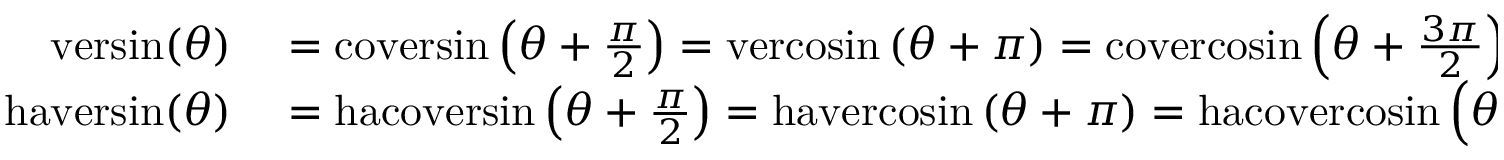
\begin{array} { r l } { \mathrm { v e r s i n } ( \theta ) } & { { } = \mathrm { c o v e r s i n } \left( \theta + { \frac { \pi } { 2 } } \right) = \mathrm { v e r c o s i n } \left( \theta + \pi \right) = \mathrm { c o v e r c o s i n } \left( \theta + { \frac { 3 \pi } { 2 } } \right) } \\ { \mathrm { h a v e r s i n } ( \theta ) } & { { } = \mathrm { h a c o v e r s i n } \left( \theta + { \frac { \pi } { 2 } } \right) = \mathrm { h a v e r c o s i n } \left( \theta + \pi \right) = \mathrm { h a c o v e r c o s i n } \left( \theta + { \frac { 3 \pi } { 2 } } \right) } \end{array}